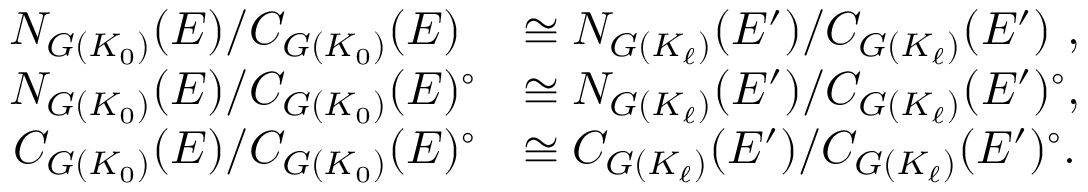
\begin{array} { r l } { N _ { G ( K _ { 0 } ) } ( E ) / C _ { G ( K _ { 0 } ) } ( E ) \phantom { { ^ { \circ } } } } & { \cong N _ { G ( K _ { \ell } ) } ( E ^ { \prime } ) / C _ { G ( K _ { \ell } ) } ( E ^ { \prime } ) \phantom { ^ { \circ } } , } \\ { N _ { G ( K _ { 0 } ) } ( E ) / C _ { G ( K _ { 0 } ) } ( E ) ^ { \circ } } & { \cong N _ { G ( K _ { \ell } ) } ( E ^ { \prime } ) / C _ { G ( K _ { \ell } ) } ( E ^ { \prime } ) ^ { \circ } , } \\ { C _ { G ( K _ { 0 } ) } ( E ) / C _ { G ( K _ { 0 } ) } ( E ) ^ { \circ } } & { \cong C _ { G ( K _ { \ell } ) } ( E ^ { \prime } ) / C _ { G ( K _ { \ell } ) } ( E ^ { \prime } ) ^ { \circ } . } \end{array}